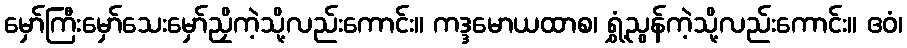
မှော်ကြီးမှော်သေးမှော်ညှိကဲ့သို့လည်းကောင်း။ ကဒ္ဒမောယထာစ၊ ရွှံ့ညွန်ကဲ့သို့လည်းကောင်း။ ဧဝံ၊